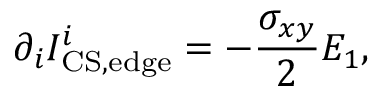
\partial _ { i } I _ { \mathrm { C S , e d g e } } ^ { i } = - { \frac { \sigma _ { x y } } { 2 } } E _ { 1 } ,